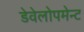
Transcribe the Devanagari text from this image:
डेवेलोपमेन्ट